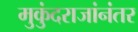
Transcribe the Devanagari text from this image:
मुकुंदराजांनंतर